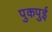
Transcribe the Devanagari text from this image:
पुकपुई